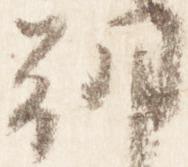
朝